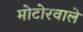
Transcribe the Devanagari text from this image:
मोटोरवाले